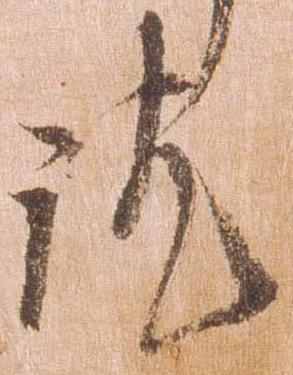
訖